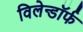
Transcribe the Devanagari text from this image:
विलेन्डॉर्फ